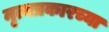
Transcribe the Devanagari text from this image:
नृत्यप्रकारच्या